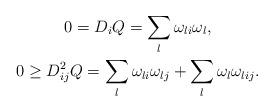
LaTeX: \begin{gather*}0=D_iQ=\sum_{l}\omega_{li}\omega_{l},\\0\geq D_{ij}^2Q=\sum_{l}\omega_{li}\omega_{lj}+\sum_{l}\omega_{l}\omega_{lij}.\end{gather*}